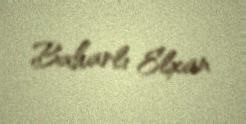
Baharlı Elxan